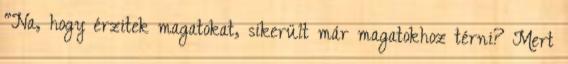
"Na, hogy érzitek magatokat, sikerült már magatokhoz térni? Mert